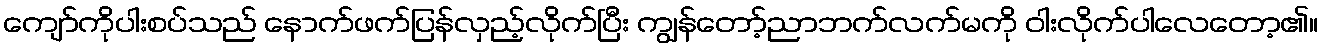
ကျော်ကိုပါးစပ်သည် နောက်ဖက်ပြန်လှည့်လိုက်ပြီး ကျွန်တော့်ညာဘက်လက်မကို ဝါးလိုက်ပါလေတော့၏။